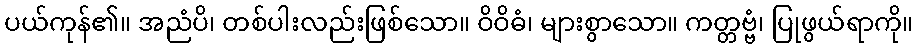
ပယ်ကုန်၏။ အညံပိ၊ တစ်ပါးလည်းဖြစ်သော။ ဝိဝိဓံ၊ များစွာသော။ ကတ္တဗ္ဗံ၊ ပြုဖွယ်ရာကို။